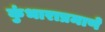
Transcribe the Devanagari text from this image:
कुंभाराप्रमाणे